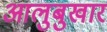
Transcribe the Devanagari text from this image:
आलुबुखार